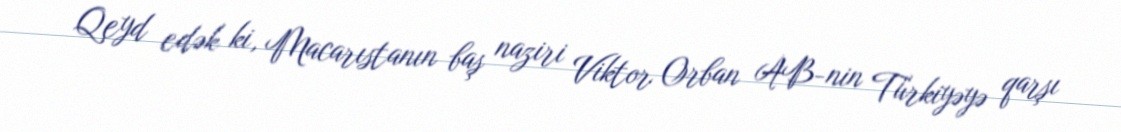
Qeyd edək ki, Macarıstanın baş naziri Viktor Orban AB-nin Türkiyəyə qarşı